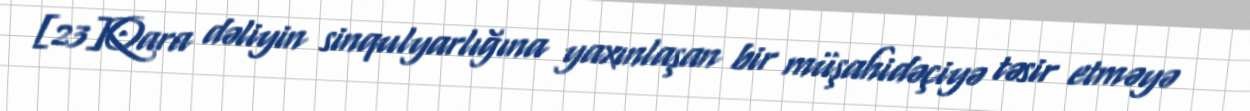
[23]Qara dəliyin sinqulyarlığına yaxınlaşan bir müşahidəçiyə təsir etməyə